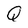
Character: Q